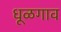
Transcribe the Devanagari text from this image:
धूळगाव